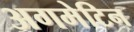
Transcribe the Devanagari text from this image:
अगमेटिन